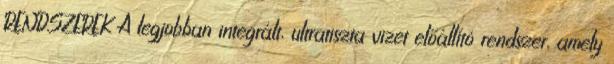
RENDSZEREK A legjobban integrált, ultratiszta vizet előállító rendszer, amely